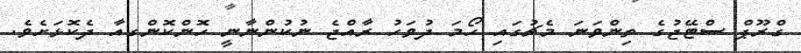
ގްރޫޕް ސްޓޭޖުގެ ތިންވަނަ މެޗުގައި ހޯމަ ދުވަހު ރާއްޖެ ނުކުންނާނީ ހޮންކޮންގއާ ދެކޮޅަށެވެ.